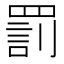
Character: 罰